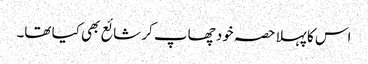
اس کا پہلا حصہ خود چھاپ کر شائع بھی کیا تھا۔